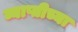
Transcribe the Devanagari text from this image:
व्याप्तीच्या